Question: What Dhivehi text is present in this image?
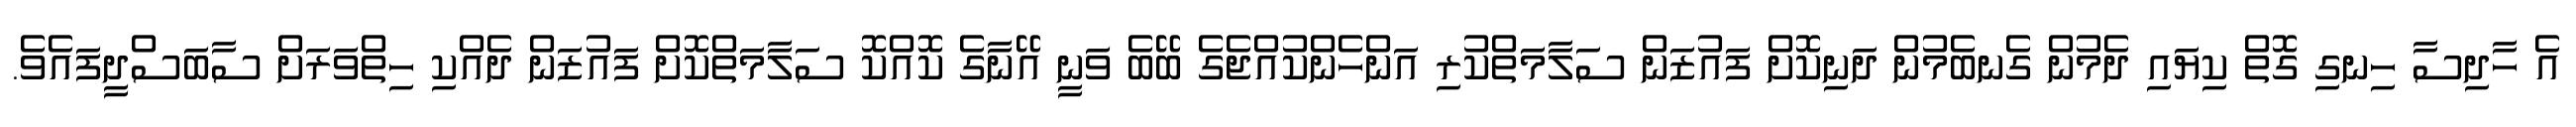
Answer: އެ ހާދިސާ ހިނގި ގޮތް ކިޔައި ދެމުން ގެނބެމުން ދަނިކޮށް ފައުޒަން ސަލާމަތްކުރި އަންހެންކުއްޖެގެ ބޭބެ ވަނީ އޭނާގެ ކޮއްކޮ ސަލާމަތްކޮށް ފައުޒަން ދެއްކި ހިތްވަރަށް ސާބަސްދީފައެވެ.